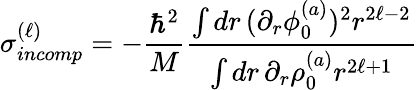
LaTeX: \sigma_{incomp}^{(\ell)}=-\frac{\hbar^{2}}{M}\frac{\int dr\, (\partial_{r}\phi_{0}^{(a)})^{2}r^{2\ell-2}}{\int dr\, \partial_{r}\rho_{0}^{(a)}r^{2\ell+1}}